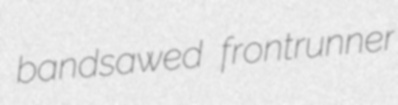
bandsawed frontrunner